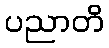
ပညာတိ